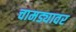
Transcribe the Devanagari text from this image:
चामड्यावर